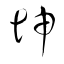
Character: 坤